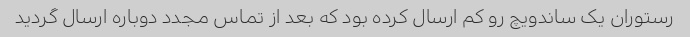
رستوران یک ساندویچ رو کم ارسال کرده بود که بعد از تماس مجدد دوباره ارسال گردید